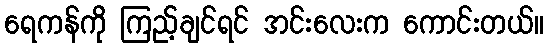
ရေကန်ကို ကြည့်ချင်ရင် အင်းလေးက ကောင်းတယ်။